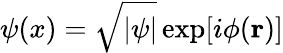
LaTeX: \psi(x)=\sqrt{|\psi|}\exp[i\phi({\mathbf r})]